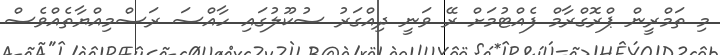
މި ތަމްރީން ޕްރޮގްރާމް ފެއްޓުމަށް ރޭ ވަނީ ދިއްގަރު ސުކޫލުގައި ހާއްސަ ރަސްމިއްޔާތެއްވެސް